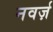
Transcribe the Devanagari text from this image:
नवर्ज़